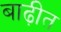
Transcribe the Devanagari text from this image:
बाढ़ीत